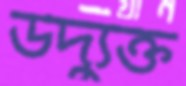
উদ্যুক্ত